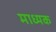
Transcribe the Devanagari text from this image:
माध्यक